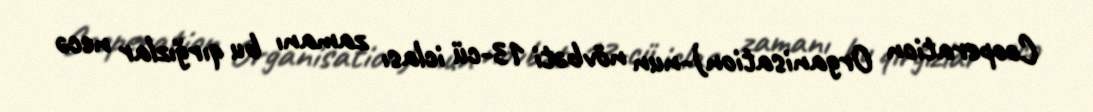
Cooperation Organisation)-nun növbəti 13-cü iclası zamanı bu qırğızlar necə